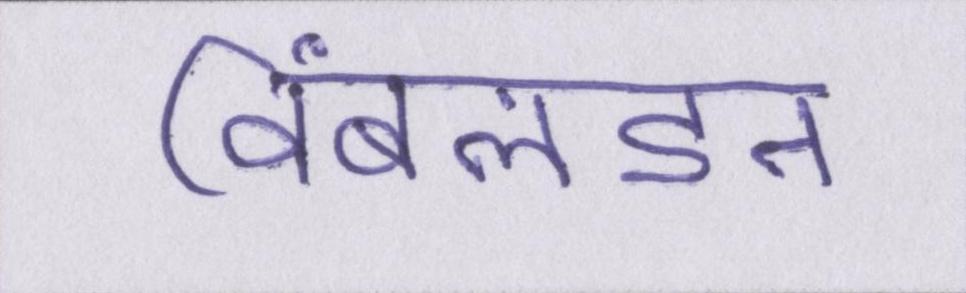
विंबलडन